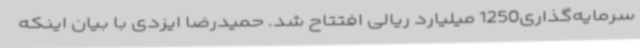
سرمایه‌گذاری1250 میلیارد ریالی افتتاح شد. حمیدرضا ایزدی با بیان اینکه